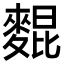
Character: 𪌽